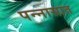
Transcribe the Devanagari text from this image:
पन्‍नासात